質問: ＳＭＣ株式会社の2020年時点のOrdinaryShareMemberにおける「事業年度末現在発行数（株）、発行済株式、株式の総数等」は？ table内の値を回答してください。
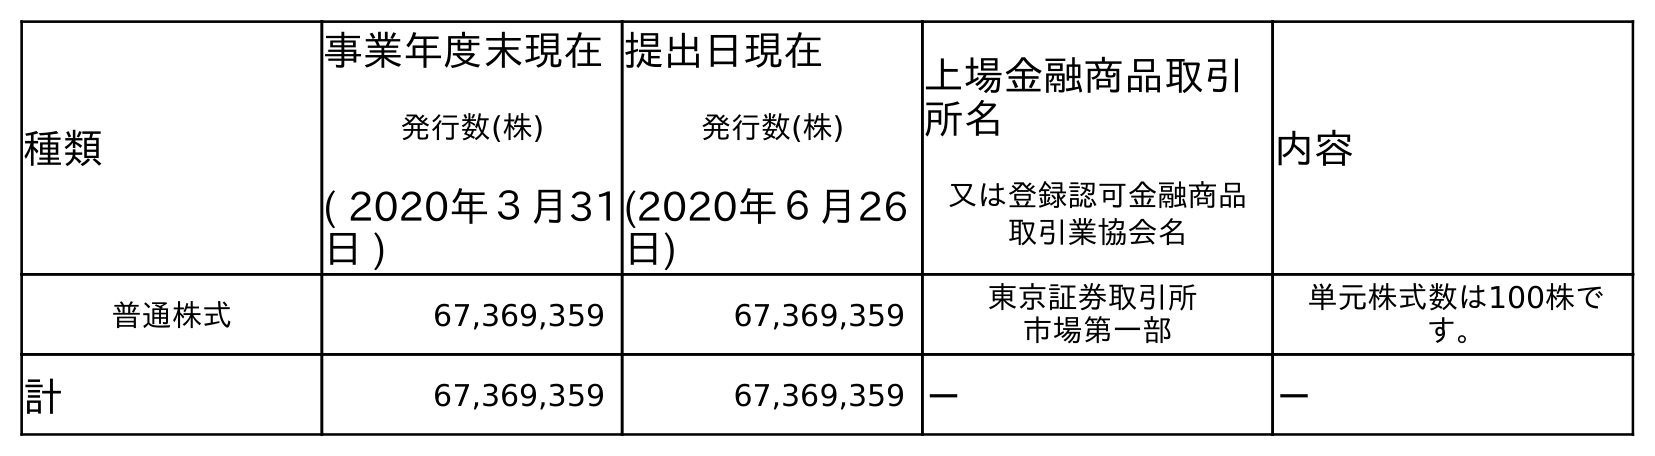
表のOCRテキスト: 種類 事業年度末現在 発行数(株) ( 2020年３月31 日 ) 提出日現在 発行数(株) (2020年６月26 日) 上場金融商品取引 所名 又は登録認可金融商品 取引業協会名 内容 普通株式 67,369,359 67,369,359 東京証券取引所 市場第一部 単元株式数は100株で す。 計 67,369,359 67,369,359 － －
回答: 67,369,359